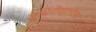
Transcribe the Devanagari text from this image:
जमिनीखालीच